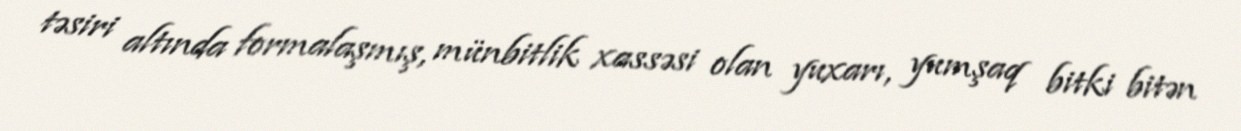
təsiri altında formalaşmış, münbitlik xassəsi olan yuxarı, yumşaq bitki bitən